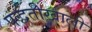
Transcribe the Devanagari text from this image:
पद्धतीखाली